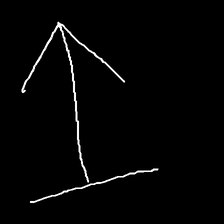
Glyph: levitation